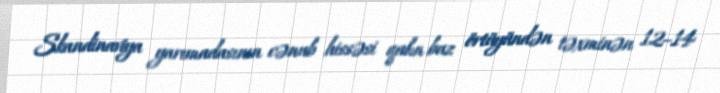
Skandinaviya yarımadasının cənub hissəsi qalın buz örtüyündən təxminən 12–14